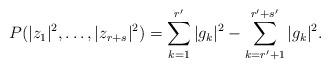
LaTeX: \begin{align*}P(|z_1|^2,\dots,|z_{r+s}|^2) = \sum_{k=1}^{r'} |g_k|^2-\sum_{k=r'+1}^{r'+s'} |g_k|^2.\end{align*}